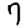
Digit: 7